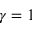
\gamma = 1